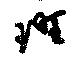
班